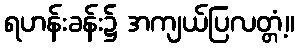
ရဟန်းခန်း၌ အကျယ်ပြလတ္တံ့။